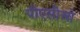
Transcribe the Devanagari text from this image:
पीएसीओ